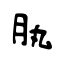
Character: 肒